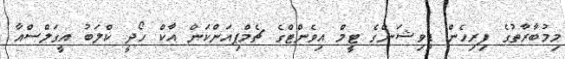
މިމުބާރާތުގެ ފިރިހެން ޑިވިޝަންގެ ޓީމް އިވެންޓްގެ ޗެމްޕިއަންކަން އާކް ހޯދީ ކްލަބު އީގަލްސްއާ